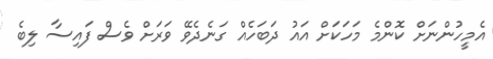
އެމީހުންނަށް ކޮންމެ މަހަކަށް އައު ދަބަހެއް ގަނެދެވޭ ވަރަށް ވެސް ފައިސާ ލިބެ